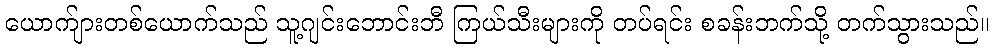
ယောက်ျားတစ်ယောက်သည် သူ့ဂျင်းဘောင်းဘီ ကြယ်သီးများကို တပ်ရင်း စခန်းဘက်သို့ တက်သွားသည်။